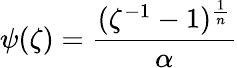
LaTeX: \psi(\zeta)=\frac{(\zeta^{-1}-1)^{\frac{1}{n}}}{\alpha}